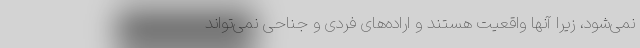
نمی‌شود، زیرا آنها واقعیت هستند و اراده‌های فردی و جناحی نمی‌تواند